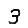
Digit: 3